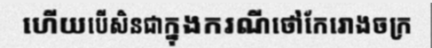
ហើយបើសិនជាក្នុងករណីថៅកែរោងចក្រ